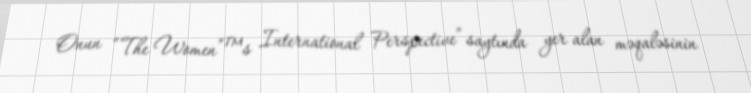
Onun “The Women”™s International Perspective” saytında yer alan məqaləsinin